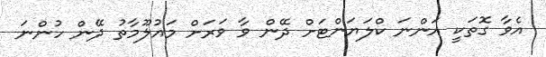
އެވާ ގޮތަކީ އަންނަ ކްލަޔަންޓަށް ދޭން ވާ ވަރަށް މައުލޫމާތު ދޭން ހުންނަ